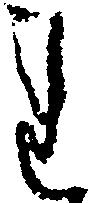
れ